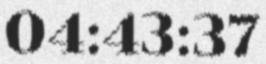
04:43:37